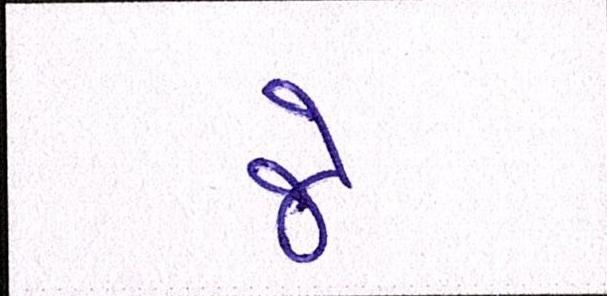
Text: જે